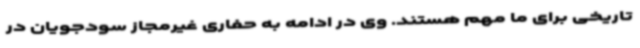
تاریخی برای ما مهم هستند. وی در ادامه به حفاری غیرمجاز سودجویان در